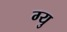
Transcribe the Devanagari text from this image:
ग्यु